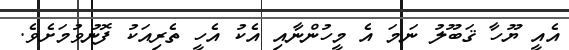
އެއީ ޔޫހާ ޤަބޫލު ނަމަ އެ މީހުންނާއި އެކު އެހީ ތެރިއަކު ފޮނުވުމަށެވެ.